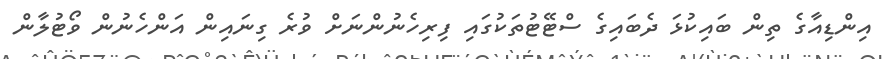
އިންޑިއާގެ ތިން ބައިކުޅަ ދެބައިގެ ސްޓޭޓުތަކުގައި ފިރިހެނުންނަށް ވުރެ ގިނައިން އަންހެނުން ވޯޓުލާން